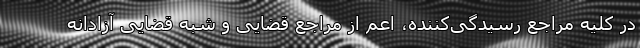
در کلیه مراجع رسیدگی‌کننده، اعم از مراجع قضایی و شبه قضایی آزادانه